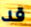
قد